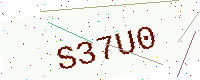
Text: S37U0